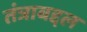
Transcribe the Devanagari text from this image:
तंत्राबद्दल